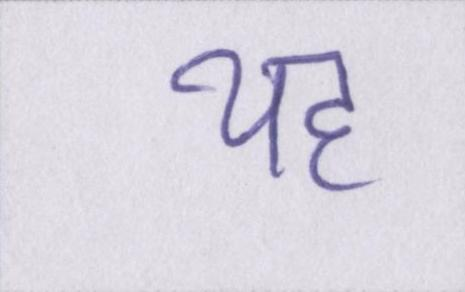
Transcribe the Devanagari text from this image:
यह